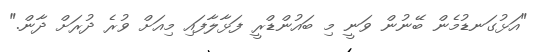
"އަޅުގަނޑުމެން ބޭނުން ވަނީ މި ބައުންޑްރީ ފަޅާލާފައި މިއަށް ވުރެ ދުރަށް ދާން."